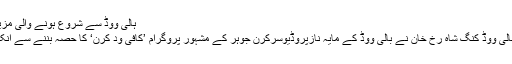
ہالی ووڈ سے شروع ہونے والی مزید پڑھیں
ممبئی: بالی ووڈ کنگ شاہ رخ خان نے بالی ووڈ کے مایہ نازپروڈیوسرکرن جوہر کے مشہور پروگرام ’کافی ود کرن‘ کا حصہ بننے سے انکارکردیا۔